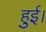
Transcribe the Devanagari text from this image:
हुुुुई।